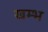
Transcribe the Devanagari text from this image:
खम्‍भ